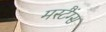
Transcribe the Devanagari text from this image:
मस्टैंग्स